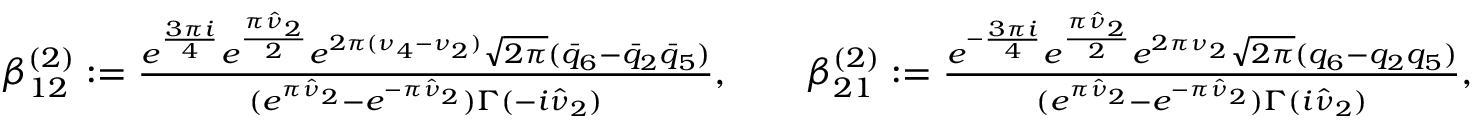
\begin{array} { r l } & { \beta _ { 1 2 } ^ { ( 2 ) } : = \frac { e ^ { \frac { 3 \pi i } { 4 } } e ^ { \frac { \pi \hat { \nu } _ { 2 } } { 2 } } e ^ { 2 \pi ( \nu _ { 4 } - \nu _ { 2 } ) } \sqrt { 2 \pi } ( \bar { q } _ { 6 } - \bar { q } _ { 2 } \bar { q } _ { 5 } ) } { ( e ^ { \pi \hat { \nu } _ { 2 } } - e ^ { - \pi \hat { \nu } _ { 2 } } ) \Gamma ( - i \hat { \nu } _ { 2 } ) } , \qquad \beta _ { 2 1 } ^ { ( 2 ) } : = \frac { e ^ { - \frac { 3 \pi i } { 4 } } e ^ { \frac { \pi \hat { \nu } _ { 2 } } { 2 } } e ^ { 2 \pi \nu _ { 2 } } \sqrt { 2 \pi } ( q _ { 6 } - q _ { 2 } q _ { 5 } ) } { ( e ^ { \pi \hat { \nu } _ { 2 } } - e ^ { - \pi \hat { \nu } _ { 2 } } ) \Gamma ( i \hat { \nu } _ { 2 } ) } , } \end{array}